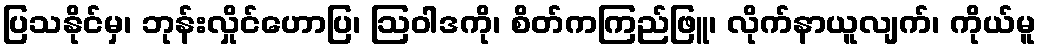
ပြသနိုင်မှ၊ ဘုန်းလှိုင်ဟောပြ၊ ဩဝါဒကို၊ စိတ်ကကြည်ဖြူ၊ လိုက်နာယူလျက်၊ ကိုယ်မူ